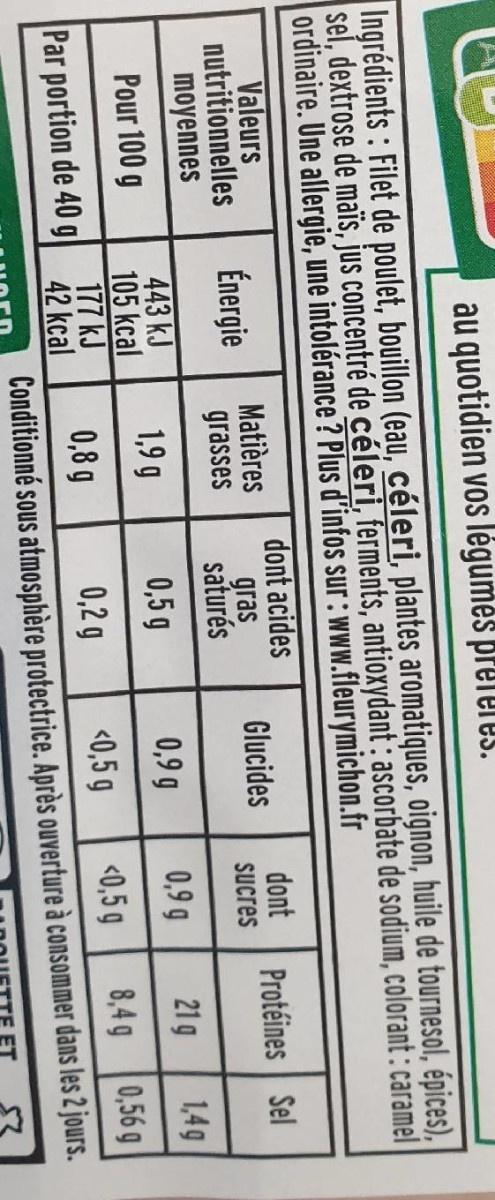
au quotidien vos légumes preeies. Ingrédients : Filet de poulet, bouillon (eau, céleri, plantes aromatiques, oignon, huile de tournesol, épices), sel, dextrose de maïs, jus concentré de céleri, ferments, antioxydant: ascorbate de sodium, colorant : caramel ordinaire. Une allergie, une intolérance? Plus d'infos sur : www.fleurymichon.fr Valeurs nutritionnelles moyennes dont acides gras saturés dont Énergie Matières grasses Protéines Sel Glucides Sucres 443 kJ 105 kcal 177 kJ 42 kcal Conditionné sous atmosphère protectrice. Après ouverture à consommer dans les 2 jours. Pour 100 g 1,9 g 0,5 g 0,9 g 0,9 g 21 g 1,49 Par portion de 40 g 0,8 g 0,2 g <0,5 g <0,5 g 8,4 g 0,56 g